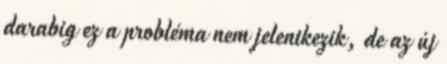
darabig ez a probléma nem jelentkezik, de az új